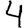
Digit: 4